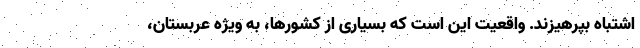
اشتباه بپرهیزند. واقعیت این است که بسیاری از کشورها، به ویژه عربستان،